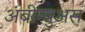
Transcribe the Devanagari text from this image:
अंबीग्युअस